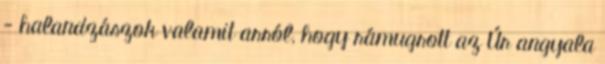
- halandzászok valamit arról, hogy rámugrott az Úr angyala